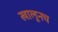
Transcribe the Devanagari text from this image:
खालूनच